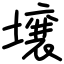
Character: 壌